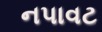
નપાવટ